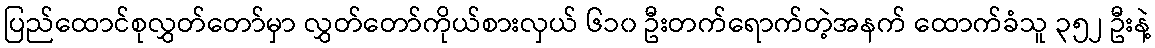
ပြည်ထောင်စုလွှတ်တော်မှာ လွှတ်တော်ကိုယ်စားလှယ် ၆၁၀ ဦးတက်ရောက်တဲ့အနက် ထောက်ခံသူ ၃၅၂ ဦးနဲ့